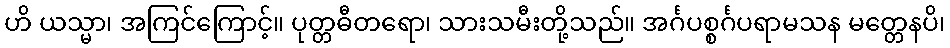
ဟိ ယသ္မာ၊ အကြင်ကြောင့်။ ပုတ္တဓီတရော၊ သားသမီးတို့သည်။ အင်္ဂပစ္စင်္ဂပရာမသန မတ္တေနပိ၊